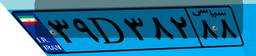
۳۹D۳۸۲۸۸